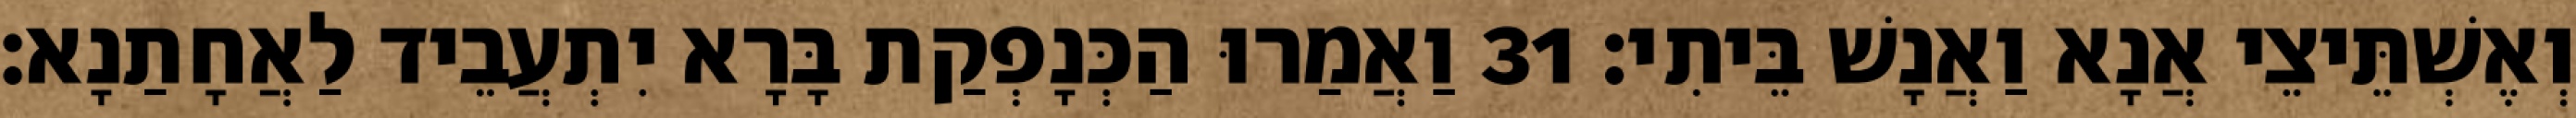
וְאֶשְׁתֵּיצֵי אֲנָא וַאֲנָשׁ בֵּיתִי׃ 31 וַאֲמַרוּ הַכְּנָפְקַת בָּרָא יִתְעֲבֵיד לַאֲחָתַנָא׃